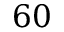
6 0